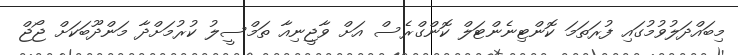
މިބައްދަލުވުމުގައި ފުރަތަމަ ކޮންޓިނެންޓަލް ކޮންގްރެސް އަށް ވާޖީނިއާ ތަމްސީލު ކުރުމަށްދާ މަންދޫބަކަށް ޖޯޖް